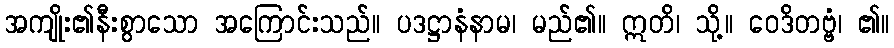
အကျိုး၏နီးစွာသော အကြောင်းသည်။ ပဒဋ္ဌာနံနာမ၊ မည်၏။ ဣတိ၊ သို့။ ဝေဒိတဗ္ဗံ၊ ၏။